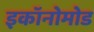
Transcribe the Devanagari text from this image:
इकॉनोमोड